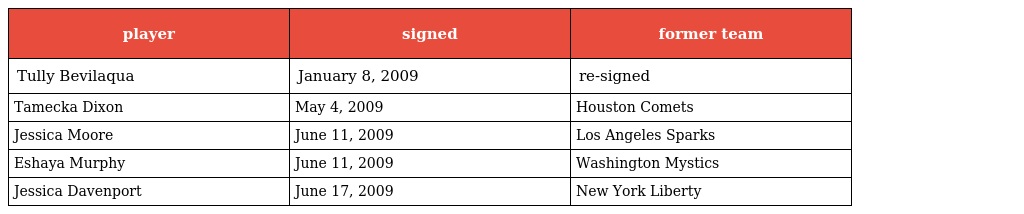
| player | signed | former team |
 | --- | --- | --- |
 | Tully Bevilaqua | January 8, 2009 | re-signed |
 | Tamecka Dixon | May 4, 2009 | Houston Comets |
 | Jessica Moore | June 11, 2009 | Los Angeles Sparks |
 | Eshaya Murphy | June 11, 2009 | Washington Mystics |
 | Jessica Davenport | June 17, 2009 | New York Liberty |